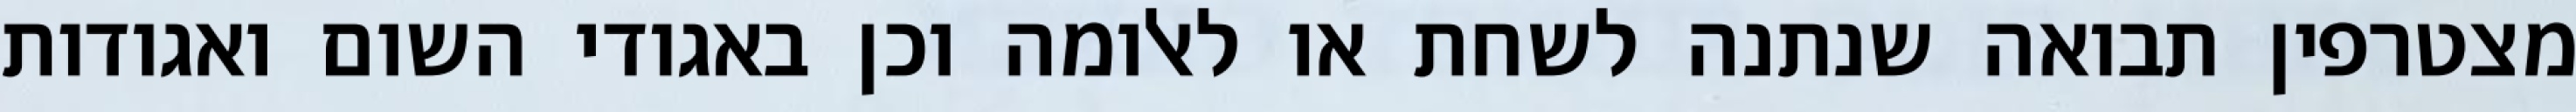
מצטרפין תבואה שנתנה לשחת או לאלומה וכן באגודי השום ואגודות